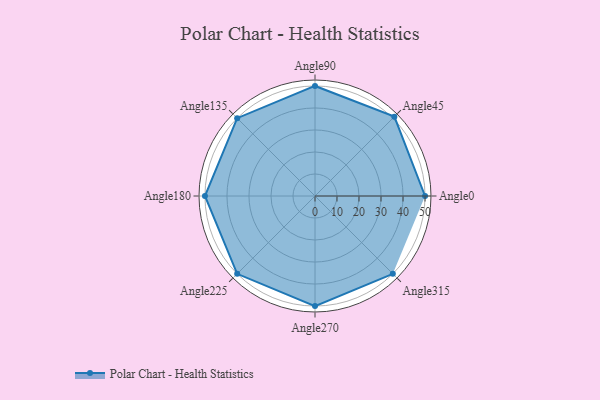
{"axis": {"x": "Angle", "y": "Radius"}, "legend": [""], "data": [{"x": "Angle0", "y": 50, "type": ""}, {"x": "Angle45", "y": 51.0, "type": ""}, {"x": "Angle90", "y": 50.0, "type": ""}, {"x": "Angle135", "y": 50.0, "type": ""}, {"x": "Angle180", "y": 50, "type": ""}, {"x": "Angle225", "y": 50, "type": ""}, {"x": "Angle270", "y": 50, "type": ""}, {"x": "Angle315", "y": 50, "type": ""}]}